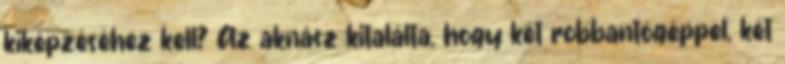
kiképzéséhez kell? Az aknász kitalálta, hogy két robbantógéppel, két